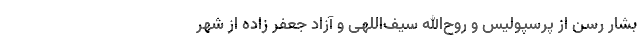
بشار رسن از پرسپولیس و روح‌الله سیف‌اللهی و آزاد جعفر زاده از شهر